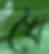
খৈ